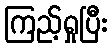
ကြည့်ရှုပြီး